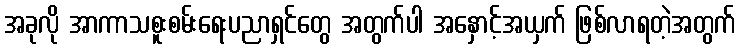
အခုလို အာကာသစူးစမ်းရေးပညာရှင်တွေ အတွက်ပါ အနှောင့်အယှက် ဖြစ်လာရတဲ့အတွက်